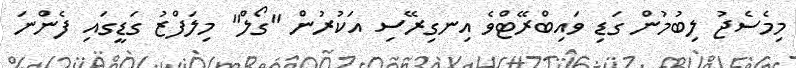
މިމެސެޖު ލިބުމުން ގަޑި ވައިބްރޭޓްވެ އިނގިރޭސި އަކުރުން "ގޯލް" މިލަފްޒު ގަޑީގައި ފެންނަ